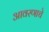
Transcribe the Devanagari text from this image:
आवरणाचे